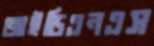
আইডিএনএস